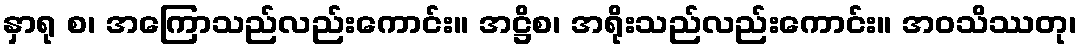
နှာရု စ၊ အကြောသည်လည်းကောင်း။ အဋ္ဌိစ၊ အရိုးသည်လည်းကောင်း။ အဝသိဿတု၊